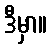
ဒီမှာ။